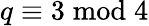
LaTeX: q\equiv 3{\bmod{4}}